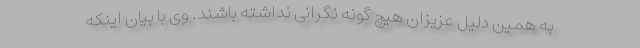
به همین دلیل عزیزان هیچ گونه نگرانی نداشته باشند. وی با بیان اینکه